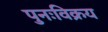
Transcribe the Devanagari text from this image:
पुनःविक्रय